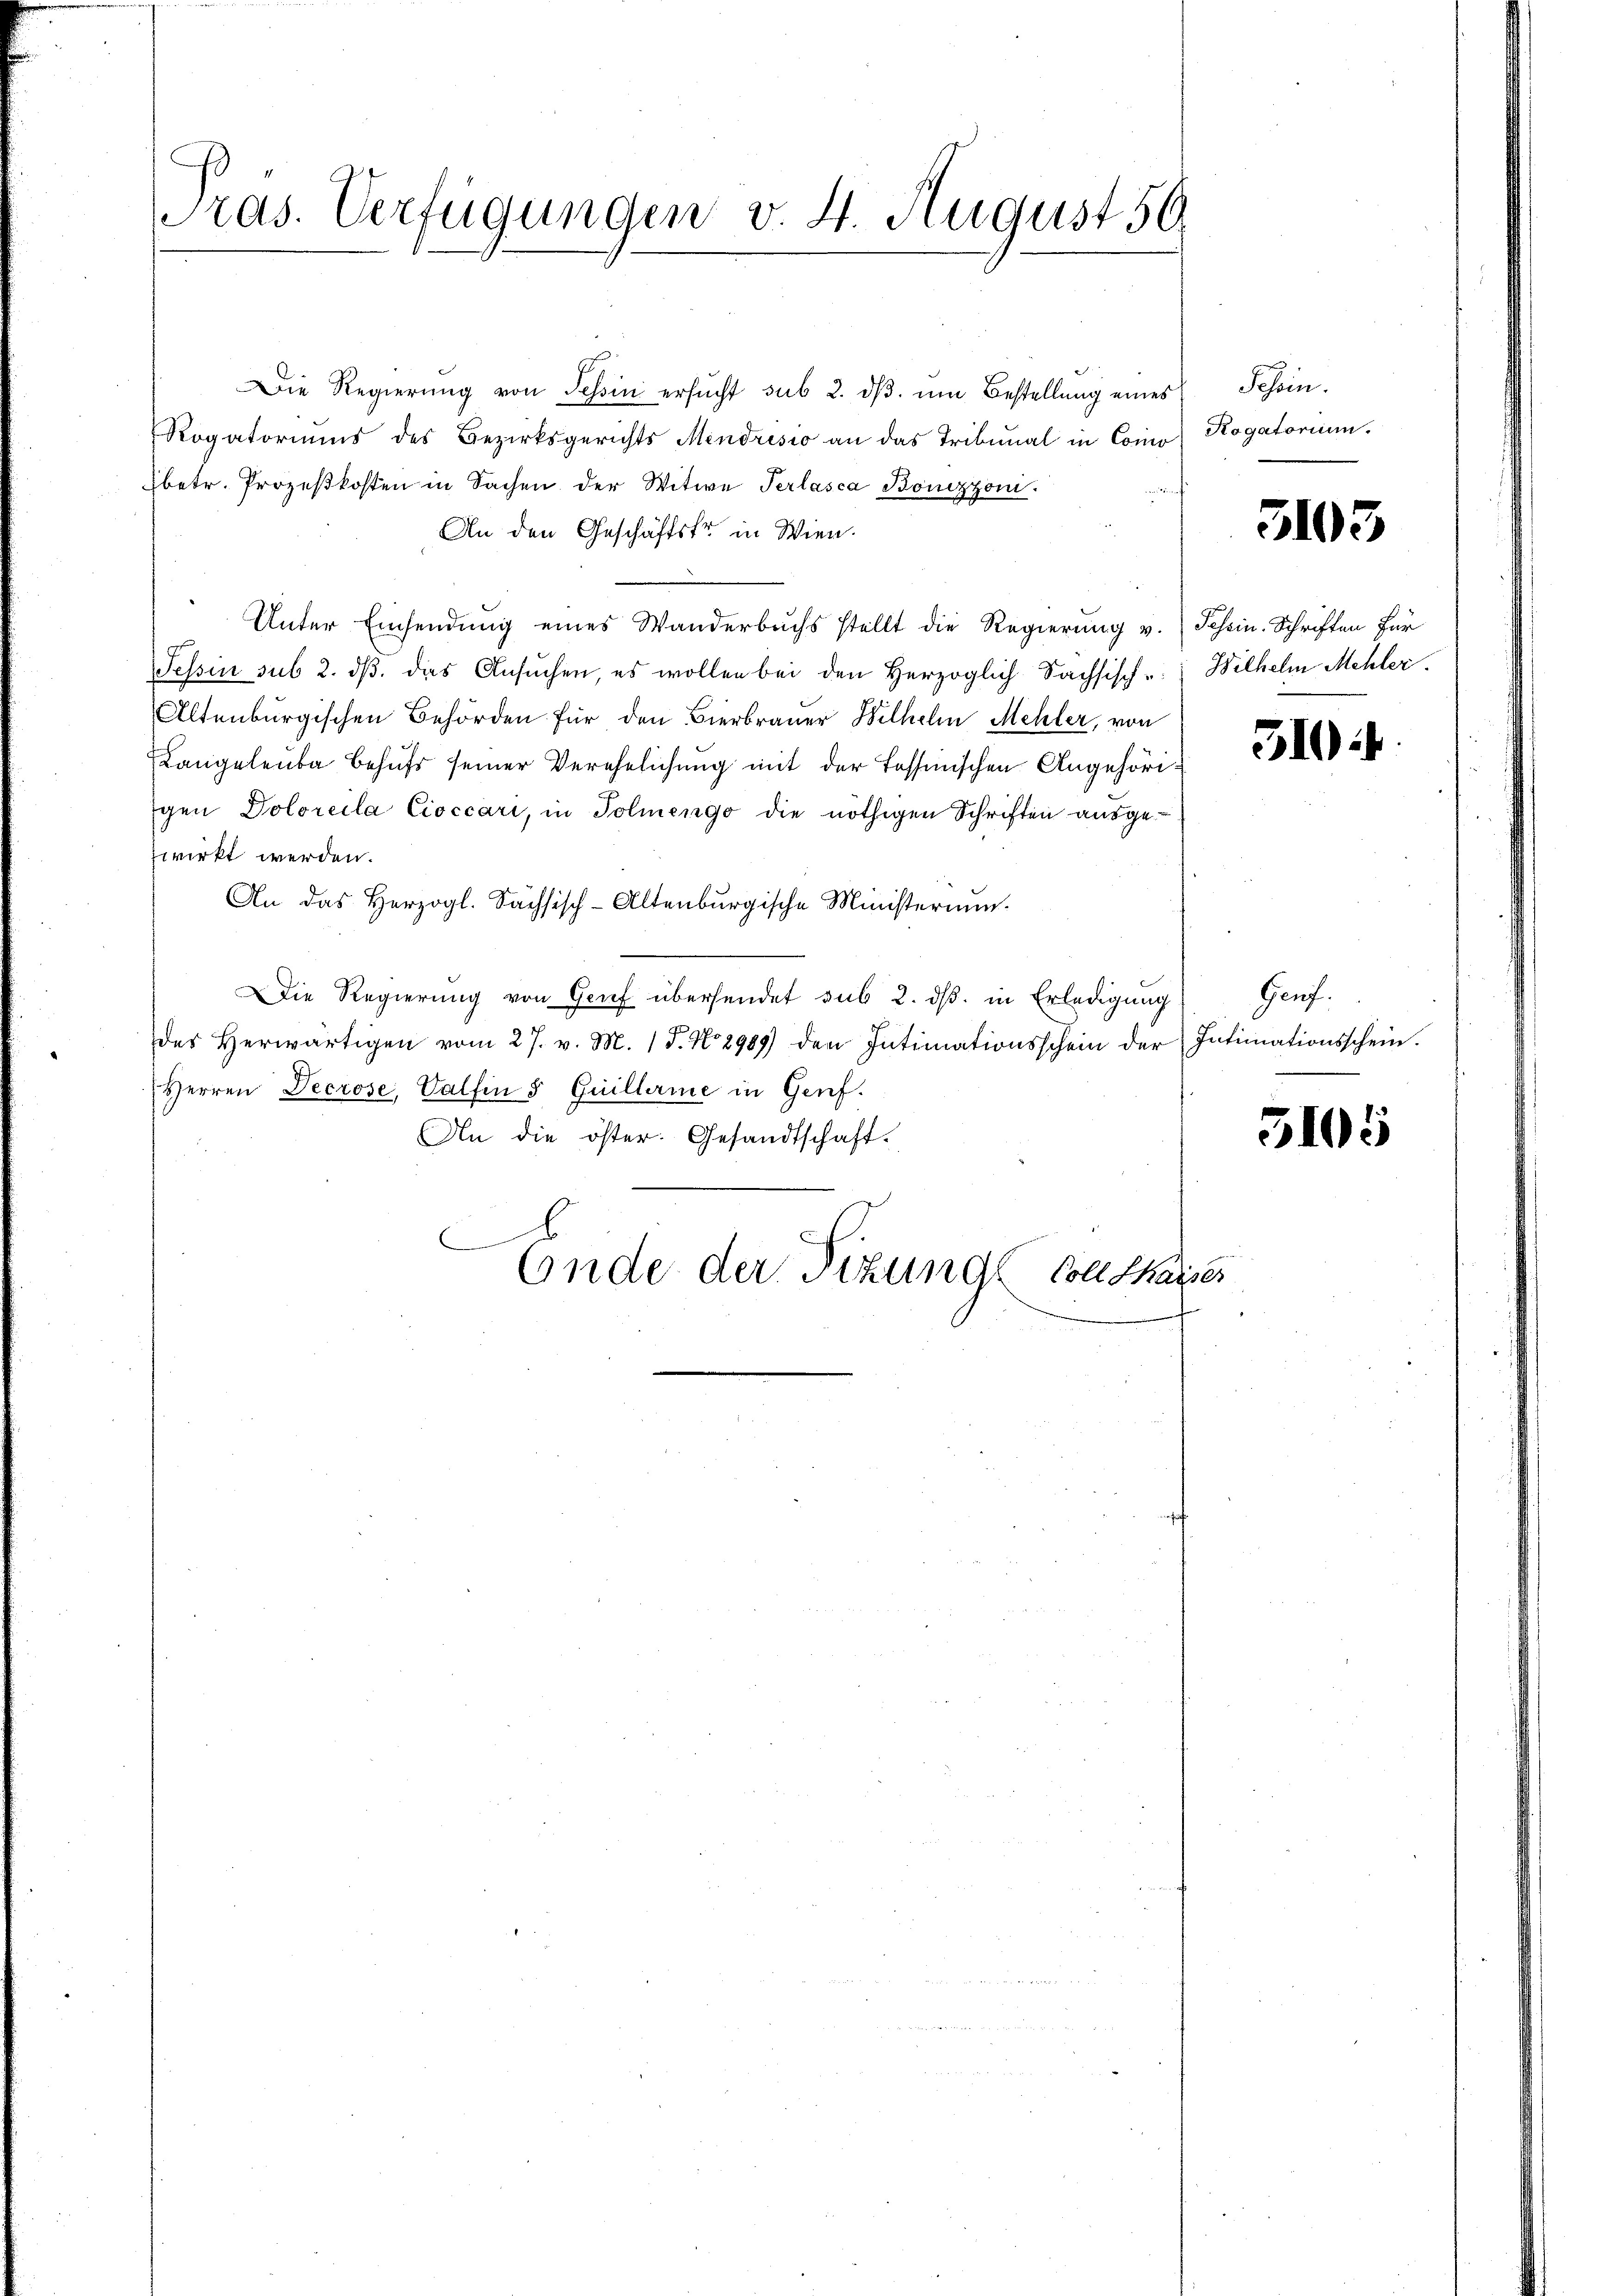
ras. Verfügungen v. 4. August 50

Die Regierŭng von Tessin ersŭcht sub 2. dβ ŭm Bestellŭng eines Schein¬
Rogatoriums des Bezirksgerichts Mendrisio an das Tribunal in Como
betr. Prozeßkosten in Sachen der Witwe Verlasca Bönizzoni.
An den Geschäftsfr. in Wien.
Unter Einsendung eines Wanderbuchs stellt die Regierung v. Schein. Schriften für
Tessin sub 2. dβ das Ansŭchen, es wollen bei den Herzoglich Sachsisch- Wilhelm Mehler.
Altenburgischen Behörden für den Bierbrauer Wilhelm Mehler, von
Langeleuba behufs seiner Verehelichung mit der Tessinischen Angehörigen Doloreila Cioccari, in Poliengo die nöthigen Schriften ausge-
wirkt werden.
An das Herzogl. Sächsisch-Altenburgische Ministerium
Die Regierung von Gerf übersendet sub 2. dß. in Erledigung
des herwärtigen vom 27. v. M. 18. No 2909) den Intimationsschein der Intimationsschein.
Herren Decrose, Valfen 5 Guillerme in Genf.
An die öster. Gesandtschaft.
Ende der Sitzung Collhauses

Rogatorium.

Genf.

3103

310.

5105